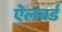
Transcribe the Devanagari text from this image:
ऐलवर्ड